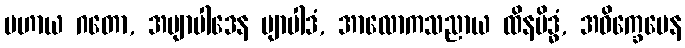
ပဟာယ ဂတော, အဗျာပါဒေန ဗျာပါဒံ, အာလောကသညာယ ထိနမိဒ္ဓံ, အဝိက္ခေပေန